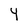
Character: 4